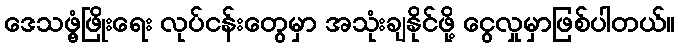
ဒေသဖွံ့ဖြိုးရေး လုပ်ငန်းတွေမှာ အသုံးချနိုင်ဖို့ ငွေလှုမှာဖြစ်ပါတယ်။